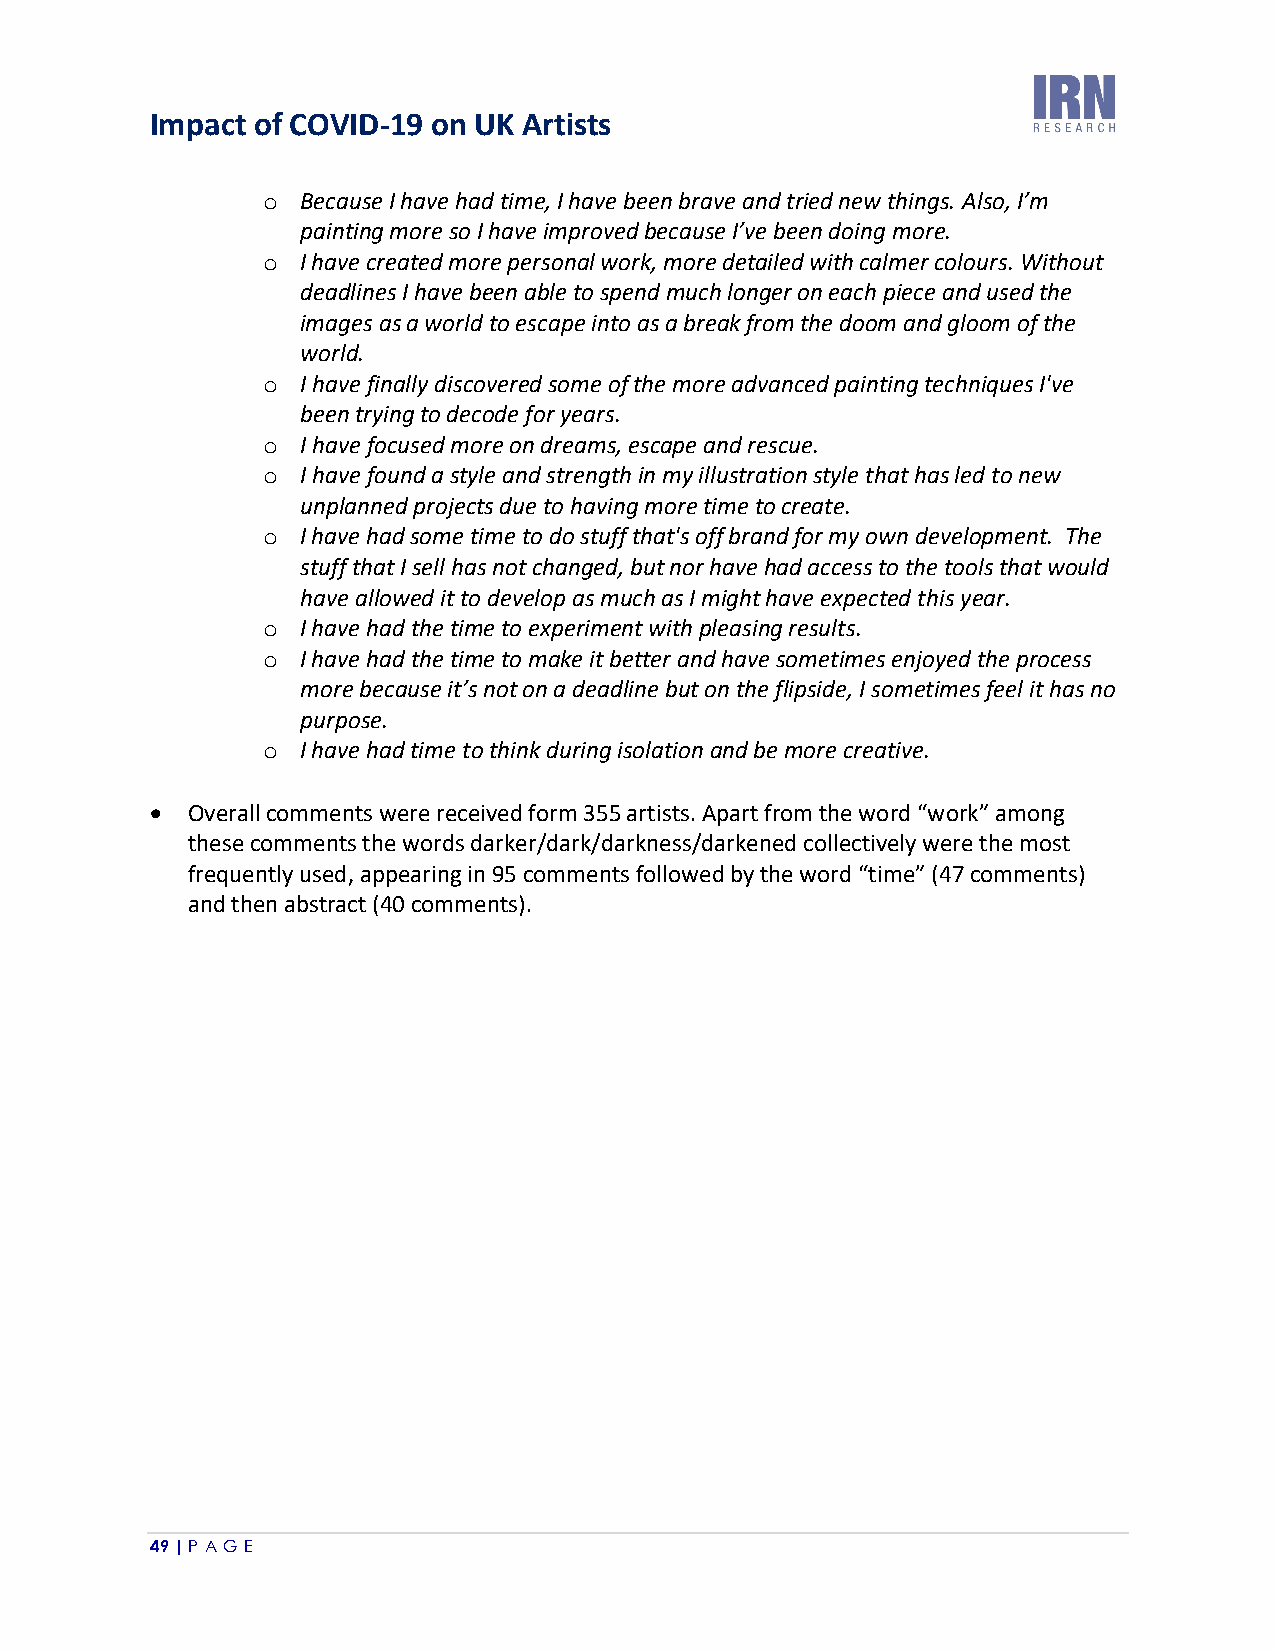
Impact of COVID-19 on UK Artists
 o  Because I have had time, I have been brave and tried new things. Also, I’m
 painting more so I have improved because I’ve been doing more.
 o  I have created more personal work, more detailed with calmer colours. Without
 deadlines I have been able to spend much longer on each piece and used the
 images as a world to escape into as a break from the doom and gloom of the
 world.
 o  I have finally discovered some of the more advanced painting techniques I've
 been trying to decode for years.
 o  I have focused more on dreams, escape and rescue.
 o  I have found a style and strength in my illustration style that has led to new
 unplanned projects due to having more time to create.
 o  I have had some time to do stuff that's off brand for my own development. The
 stuff that I sell has not changed, but nor have had access to the tools that would
 have allowed it to develop as much as I might have expected this year.
 o  I have had the time to experiment with pleasing results.
 o  I have had the time to make it better and have sometimes enjoyed the process
 more because it’s not on a deadline but on the flipside, I sometimes feel it has no
 purpose.
 o  I have had time to think during isolation and be more creative.
 • Overall comments were received form 355 artists. Apart from the word “work” among
 these comments the words darker/dark/darkness/darkened collectively were the most
 frequently used, appearing in 95 comments followed by the word “time” (47 comments)
 and then abstract (40 comments).
 49 | P A GE